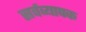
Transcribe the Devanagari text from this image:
सर्वव्‍यापक